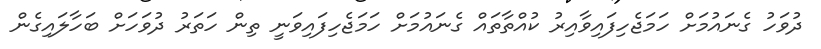
ދުވަހު ގެނައުމަށް ހަމަޖެހިފައިވާއިރު ކުއްތާތައް ގެނައުމަށް ހަމަޖެހިފައިވަނީ ތިން ހަތަރު ދުވަހަށް ބަހާލައިގެން